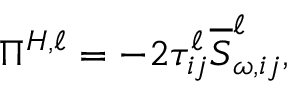
\Pi ^ { H , \ell } = - 2 \tau _ { i j } ^ { \ell } \overline { { S } } _ { \omega , i j } ^ { \ell } ,